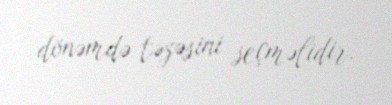
dönəmdə təzəsini seçməlidir.